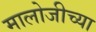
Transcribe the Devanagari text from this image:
मालोजीच्या